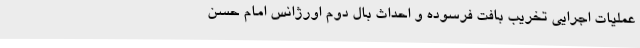
عملیات اجرایی تخریب بافت فرسوده و احداث بال دوم اورژانس امام حسن